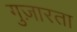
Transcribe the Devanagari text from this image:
गुज़ारता